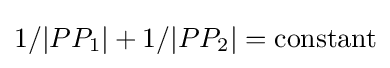
1/|PP_{1}|+1/|PP_{2}|={\text{constant}}